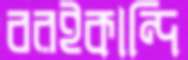
বরইকান্দি